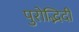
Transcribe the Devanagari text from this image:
पुरोद्भिदी